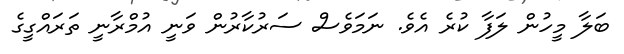
ބަލާ މީހުން ލަފާ ކުރެ އެވެ. ނަމަވެސް ސަރުކާރުން ވަނީ އުމްރާނީ ތަރައްގީގެ